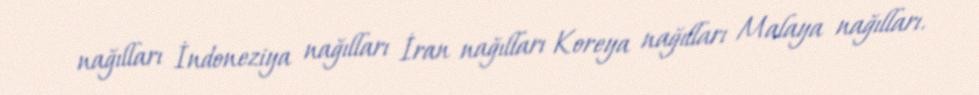
nağılları İndoneziya nağılları İran nağılları Koreya nağılları Malaya nağılları.